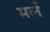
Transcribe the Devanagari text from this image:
मर्ल